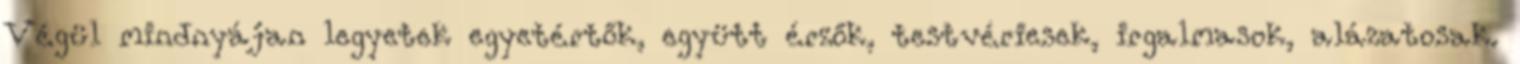
Végül mindnyájan legyetek egyetértők, együtt érzők, testvériesek, irgalmasok, alázatosak.